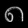
Digit: ၈